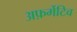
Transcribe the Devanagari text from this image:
अफ़र्मेटिव